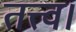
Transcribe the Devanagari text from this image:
तत्त्व।